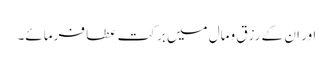
اور ان کے رزق ومال میں برکت عطا فرمائے۔